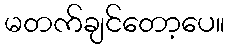
မတက်ချင်တော့ပေ။